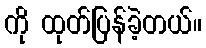
ကို ထုတ်ပြန်ခဲ့တယ်။